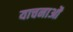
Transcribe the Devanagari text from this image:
याचनाओं